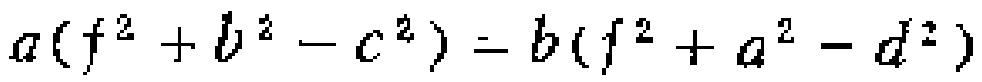
\(a(f^{2}+b^{2}-c^{2}) = b(f^{2}+a^{2}-d^{2})\)